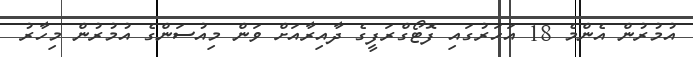
އުމުރުން އެންމެ 18 އަހަރުގައި ފޮޓޯގްރަފީގެ ދާއިރާއަށް ވަން މިއުސަންގެ އުމުރުން މިހާރު